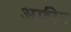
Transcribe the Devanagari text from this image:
अफ़ीन